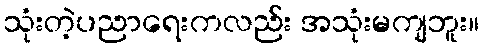
သုံးတဲ့ပညာရေးကလည်း အသုံးမကျဘူး။